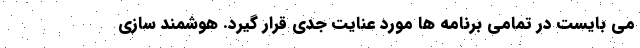
می بایست در تمامی برنامه ها مورد عنایت جدی قرار گیرد. هوشمند سازی